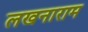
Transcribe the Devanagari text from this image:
लखनाराम